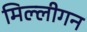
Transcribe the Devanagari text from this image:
मिल्लीगन